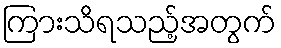
ကြားသိရသည့်အတွက်